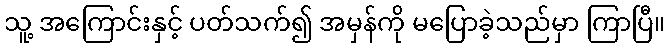
သူ့ အကြောင်းနှင့် ပတ်သက်၍ အမှန်ကို မပြောခဲ့သည်မှာ ကြာပြီ။